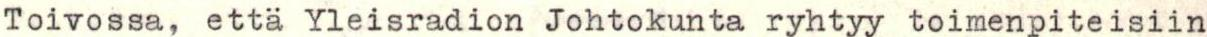
Toivossa, että Yleisradion Johtokunta ryhtyy toimenpiteisiin